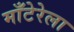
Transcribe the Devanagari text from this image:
माँटेरेला